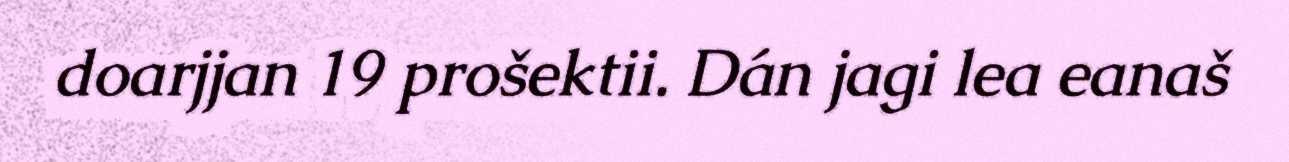
doarjjan 19 prošektii. Dán jagi lea eanaš